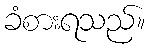
ခံစားရသည်။